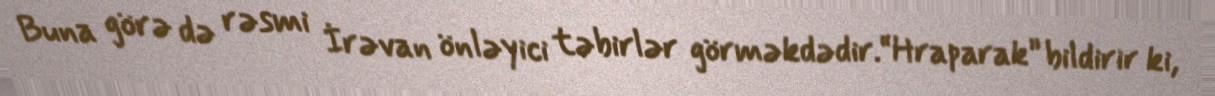
Buna görə də rəsmi İrəvan önləyici təbirlər görməkdədir.“Hraparak” bildirir ki,